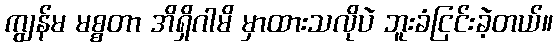
ကျွန်မ မစ္စတာ အိရှိဂါမိ မှာထားသလိုပဲ ဘူးခံငြင်းခဲ့တယ်။